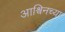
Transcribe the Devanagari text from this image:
आश्विनच्या